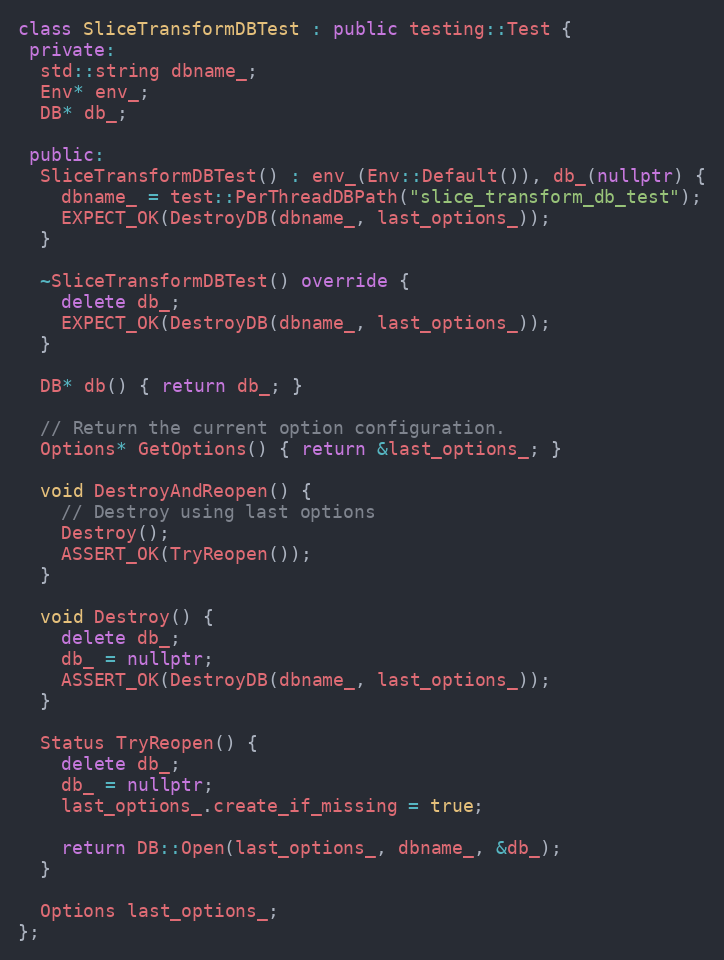
Language: C++
class SliceTransformDBTest : public testing::Test {
 private:
  std::string dbname_;
  Env* env_;
  DB* db_;

 public:
  SliceTransformDBTest() : env_(Env::Default()), db_(nullptr) {
    dbname_ = test::PerThreadDBPath("slice_transform_db_test");
    EXPECT_OK(DestroyDB(dbname_, last_options_));
  }

  ~SliceTransformDBTest() override {
    delete db_;
    EXPECT_OK(DestroyDB(dbname_, last_options_));
  }

  DB* db() { return db_; }

  // Return the current option configuration.
  Options* GetOptions() { return &last_options_; }

  void DestroyAndReopen() {
    // Destroy using last options
    Destroy();
    ASSERT_OK(TryReopen());
  }

  void Destroy() {
    delete db_;
    db_ = nullptr;
    ASSERT_OK(DestroyDB(dbname_, last_options_));
  }

  Status TryReopen() {
    delete db_;
    db_ = nullptr;
    last_options_.create_if_missing = true;

    return DB::Open(last_options_, dbname_, &db_);
  }

  Options last_options_;
};